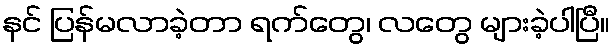
နင် ပြန်မလာခဲ့တာ ရက်တွေ၊ လတွေ များခဲ့ပါပြီ။